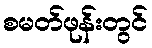
စမတ်ဖုန်းတွင်